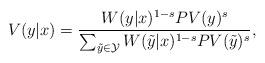
LaTeX: \begin{align*}V(y|x) = \frac{W(y|x)^{1-s} PV(y)^s}{\sum_{\tilde{y} \in \mathcal{Y}} W(\tilde{y}|x)^{1-s} PV(\tilde{y})^s} ,\end{align*}